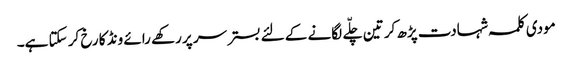
مودی کلمہ شہادت پڑھ کر تین چلّے لگانے کے لئے بستر سر پر رکھے رائے ونڈ کا رخ کر سکتا ہے۔